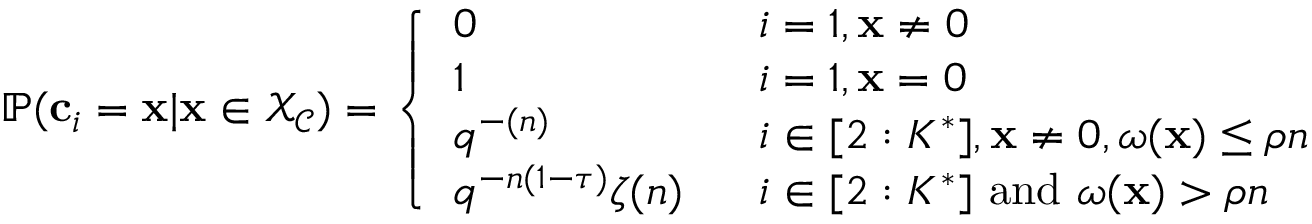
\begin{array} { r } { \mathbb { P } ( \mathbf { c } _ { i } = \mathbf { x } | \mathbf { x } \in \mathcal { X } _ { \mathcal { C } } ) = \left\{ \begin{array} { l l } { 0 \: \: \: } & { i = 1 , \mathbf { x } \neq 0 } \\ { 1 \: \: \: } & { i = 1 , \mathbf { x } = 0 } \\ { q ^ { - ( n ) } \: \: \: } & { i \in [ 2 : K ^ { * } ] , \mathbf { x } \neq 0 , \omega ( \mathbf { x } ) \leq \rho n } \\ { q ^ { - n ( 1 - \tau ) } \zeta ( n ) \: \: \: } & { i \in [ 2 : K ^ { * } ] \mathrm { ~ a n d ~ } \omega ( \mathbf { x } ) > \rho n } \end{array} \right. } \end{array}